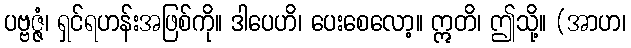
ပဗ္ဗဇ္ဇံ၊ ရှင်ရဟန်းအဖြစ်ကို။ ဒါပေဟိ၊ ပေးစေလော့။ ဣတိ၊ ဤသို့။ (အာဟ၊